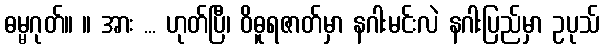
ဓမ္မဂုတ်။ ။ အား ... ဟုတ်ပြီ၊ ဝိဓူရဇာတ်မှာ နဂါးမင်းလဲ နဂါးပြည်မှာ ဥပုသ်